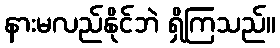
နားမလည်နိုင်ဘဲ ရှိကြသည်။